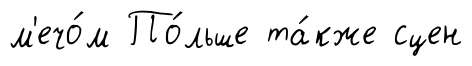
м'ечо́м По́льше та́кже сцен